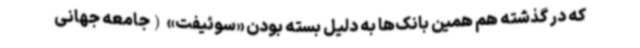
که در گذشته هم همین بانک‌ها به دلیل بسته بودن «سوئیفت» (جامعه جهانی